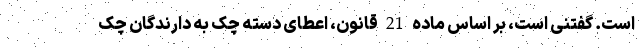
است. گفتنی است، بر اساس ماده 21 قانون، اعطای دسته چک به دارندگان چک